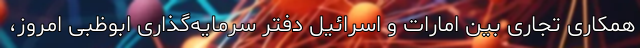
همکاری تجاری بین امارات و اسرائیل دفتر سرمایه‌گذاری ابوظبی امروز،